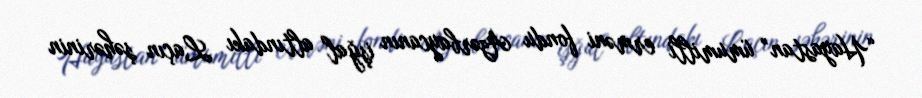
“Hayastan” ümumilli erməni fondu Azərbaycanın işğal altındakı Laçın şəhərinin